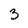
Character: 3